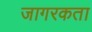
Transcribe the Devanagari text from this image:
जागरकता